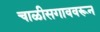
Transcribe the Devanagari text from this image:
चाळीसगाववरून